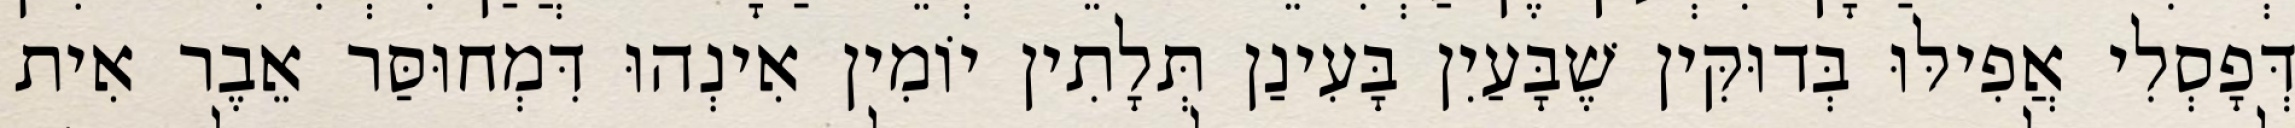
דְּפָסְלִי אֲפִילּוּ בְּדוּקִּין שֶׁבָּעַיִן בָּעִינַן תְּלָתִין יוֹמִין אִינְהוּ דִּמְחוּסַּר אֵבֶר אִית